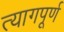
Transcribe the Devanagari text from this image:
त्यागपूर्ण